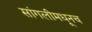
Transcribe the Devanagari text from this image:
सांगलीमधूनच